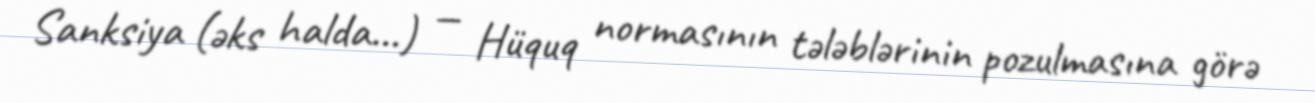
Sanksiya (əks halda…) — Hüquq normasının tələblərinin pozulmasına görə